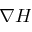
\nabla H